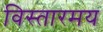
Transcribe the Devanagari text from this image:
विस्तारमय